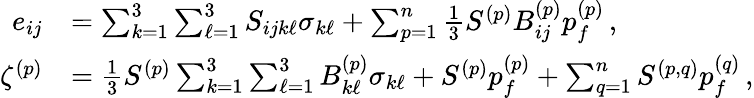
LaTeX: \begin{array}{rl}{e_{ij}}&{=\sum_{k=1}^{3}\sum_{\ell=1}^{3}S_{ijk\ell}\sigma_{k\ell}+\sum_{p=1}^{n}\frac{1}{3}S^{(p)}B_{ij}^{(p)}p_{f}^{(p)}\, ,}\\ {\zeta^{(p)}}&{=\frac{1}{3}S^{(p)}\sum_{k=1}^{3}\sum_{\ell=1}^{3}B_{k\ell}^{(p)}\sigma_{k\ell}+S^{(p)}p_{f}^{(p)}+\sum_{q=1}^{n}S^{(p,q)}p_{f}^{(q)}\, ,}\end{array}